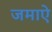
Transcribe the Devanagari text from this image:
जमाऐ